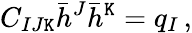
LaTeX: C_{IJ\mathtt{K}}\bar{{h}}^{J}\bar{{h}}^{\mathtt{K}}=q_{I}\, ,